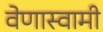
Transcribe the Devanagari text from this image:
वेणास्वामी